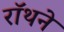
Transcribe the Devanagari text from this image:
रॉथने